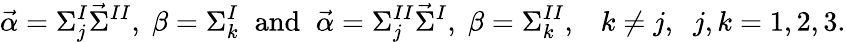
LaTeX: \vec{\alpha}=\Sigma_{j}^{I}\vec{\Sigma}^{II},\; \beta=\Sigma_{k}^{I}\; \; \mathrm{and}\; \; \vec{\alpha}=\Sigma_{j}^{II}\vec{\Sigma}^{I},\; \beta=\Sigma_{k}^{II},\; \; \; k\neq j,\; \; j,k=1,2,3.